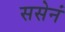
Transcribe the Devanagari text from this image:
ससेनं